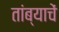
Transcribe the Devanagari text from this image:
तांब्याचें